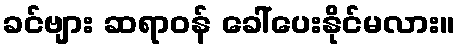
ခင်ဗျား ဆရာဝန် ခေါ်ပေးနိုင်မလား။